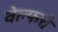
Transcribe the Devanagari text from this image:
वेल्फचे